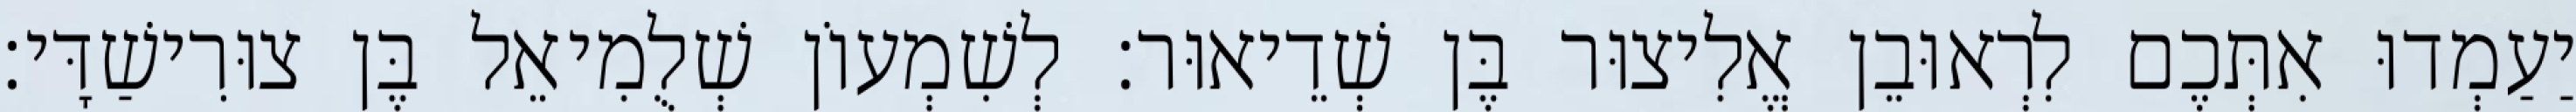
יַעַמְדוּ אִתְּכֶם לִרְאוּבֵן אֱלִיצוּר בֶּן שְׁדֵיאוּר׃ לְשִׁמְעוֹן שְׁלֻמִיאֵל בֶּן צוּרִישַׁדָּי׃